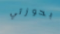
بحوزتي